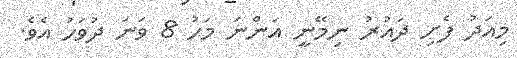
މިއަދު ފެށި ދައުރު ނިމޭނީ އަންނަ މަހު 8 ވަނަ ދުވަހު އެވެ.